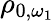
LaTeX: \rho_{0,\omega_{1}}